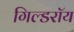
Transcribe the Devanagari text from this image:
गिल्डरॉय